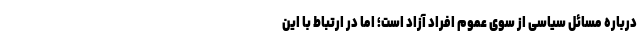
درباره مسائل سیاسی از سوی عموم افراد آزاد است؛ اما در ارتباط با این